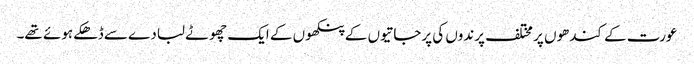
عورت کے کندھوں پر مختلف پرندوں کی پرجاتیوں کے پنکھوں کے ایک چھوٹے لبادے سے ڈھکے ہوئے تھے۔